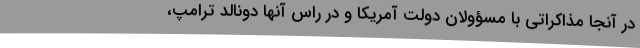
در آنجا مذاکراتی با مسؤولان دولت آمریکا و در راس آنها دونالد ترامپ،